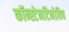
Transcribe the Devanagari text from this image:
कॉन्स्टेनटिनोविच